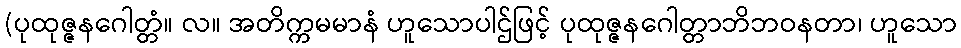
(ပုထုဇ္ဇနဂေါတ္တံ။ လ။ အတိက္ကမမာနံ ဟူသောပါဌ်ဖြင့် ပုထုဇ္ဇနဂေါတ္တာဘိဘဝနတာ၊ ဟူသော